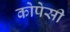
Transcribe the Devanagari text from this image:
कोपेसी